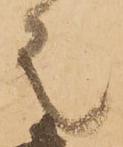
者